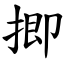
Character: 揤